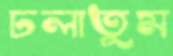
ঢলাতুম